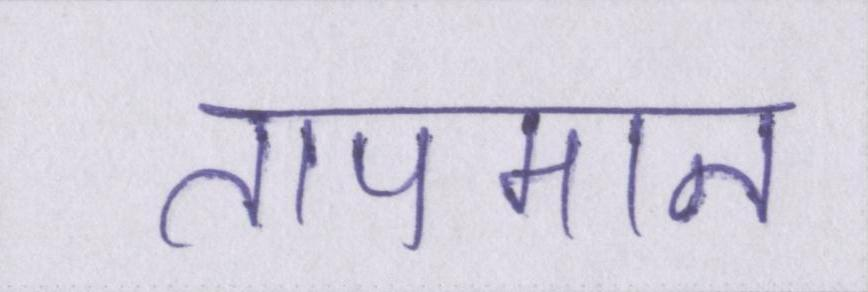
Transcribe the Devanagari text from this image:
तापमान